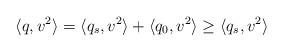
LaTeX: \begin{align*}\langle q,v^2 \rangle = \langle q_s, v^2\rangle + \langle q_0, v^2\rangle \geq \langle q_s, v^2\rangle\end{align*}